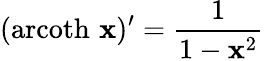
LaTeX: (\operatorname{arcoth}\, \mathbf{x})^{\prime}={\frac{{1}}{{1-\mathbf{x}^{2}}}}